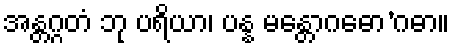
အန္တဂ္ဂတံ ဘု ပရိယာ၊ ပန္န မန္တောဂဓော’ဂဓာ။